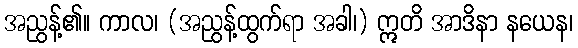
အညွန့်၏။ ကာလ၊ (အညွန့်ထွက်ရာ အခါ၊) ဣတိ အာဒိနာ နယေန၊